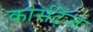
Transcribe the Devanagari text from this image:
कार्सटेंज